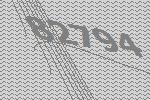
82794